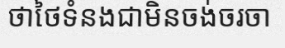
ថាថៃទំនងជាមិនចង់ចរចា